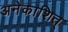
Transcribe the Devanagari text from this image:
अनेकाशित्‌